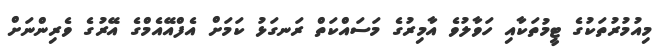
މިއުމުރުތަކުގެ ޓީމުތަކާއި ހަވާލުވެ އާމިރުގެ މަސައްކަތް ރަނގަޅު ކަމަށް އެފްއޭއެމްގެ އޭރުގެ ވެރިންނަށް